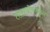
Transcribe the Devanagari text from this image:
तारापोरकडून